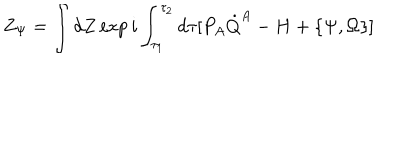
LaTeX: Z _ { \Psi } = \int d Z \exp i \int _ { \tau _ { 1 } } ^ { \tau _ { 2 } } d \tau [ P _ { A } \dot { Q } ^ { A } - H + \{ \Psi , \Omega \} ]